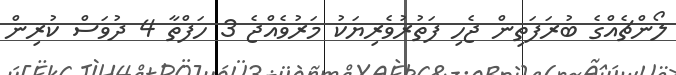
ލޯންޗެއްގެ ބުރަފަތިން ޖެހި ފަތުރުވެރިޔަކު މަރުވެއްޖެ 3 ހަފްތާ 4 ދުވަސް ކުރިން